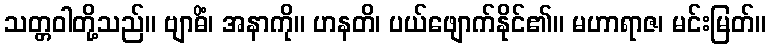
သတ္တဝါတို့သည်။ ဗျာဓိံ၊ အနာကို။ ဟနတိ၊ ပယ်ဖျောက်နိုင်၏။ မဟာရာဇ၊ မင်းမြတ်။